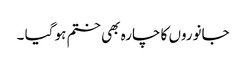
جانوروں کا چارہ بھی ختم ہو گیا ۔